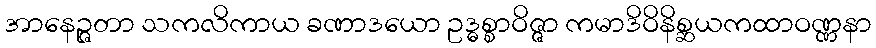
အာနေဉ္ဇတာ သကလိကာယ ခဏာဒယော ဥဒ္ဓစ္စာဝိဇ္ဇာ ကမာဒိဝိနိစ္ဆယကထာဝဏ္ဏနာ